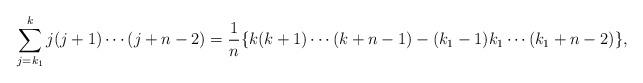
LaTeX: \begin{align*}\sum_{j=k_1}^{k}j(j+1)\cdots (j+n-2) = \frac{1}{n}\{k(k+1)\cdots (k+n-1) - (k_1-1)k_1\cdots (k_1+n-2)\},\end{align*}